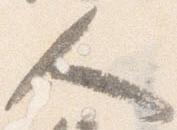
人